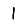
Digit: 1